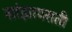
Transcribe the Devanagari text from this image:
सांझापराती